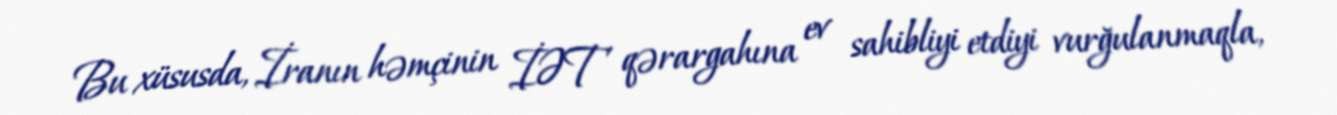
Bu xüsusda, İranın həmçinin İƏT qərargahına ev sahibliyi etdiyi vurğulanmaqla,